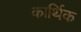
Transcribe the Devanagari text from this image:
कार्थिक